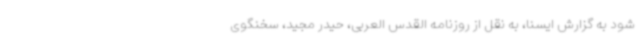
شود به گزارش ایسنا، به نقل از روزنامه القدس العربی، حیدر مجید، سخنگوی